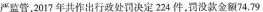
严监管，2017年共作出行政处罚决定224件。罚没款金额74.79